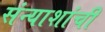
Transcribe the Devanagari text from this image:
संन्याशांची